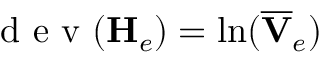
\mathrm { ~ d ~ e ~ v ~ } ( \mathbf { H } _ { e } ) = \mathrm { l n } ( \overline { { \mathbf { V } } } _ { e } )